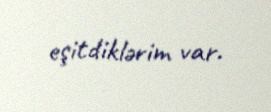
eşitdiklərim var.